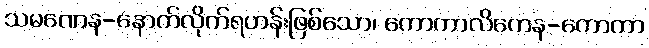
သမဏေန-နောက်လိုက်ရဟန်းဖြစ်သော၊ ကောကာလိကေန-ကောကာ